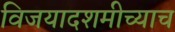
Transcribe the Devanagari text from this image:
विजयादशमीच्याच